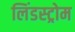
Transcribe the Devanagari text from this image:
लिंडस्ट्रोम